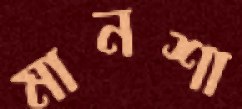
মানশা